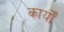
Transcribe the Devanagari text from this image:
कार्योँ